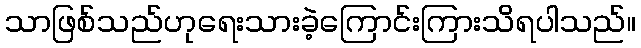
သာဖြစ်သည်ဟုရေးသားခဲ့ကြောင်းကြားသိရပါသည်။